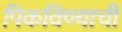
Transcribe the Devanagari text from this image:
पिकविण्याची